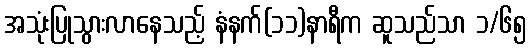
အသုံးပြုသွားလာနေသည့် နံနက်(၁၁)နာရီက ဆူသည်သာ ၁/၆၅